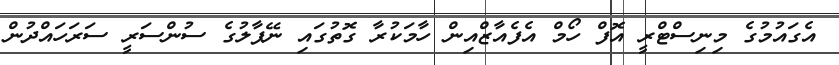
އެގައުމުގެ މިނިސްޓްރީ އޮފް ހޯމް އެފެއާޒްއިން ހާމަކުރާ ގޮތުގައި ނޭޕާލުގެ ސުންސަރީ ސަރަހައްދުން